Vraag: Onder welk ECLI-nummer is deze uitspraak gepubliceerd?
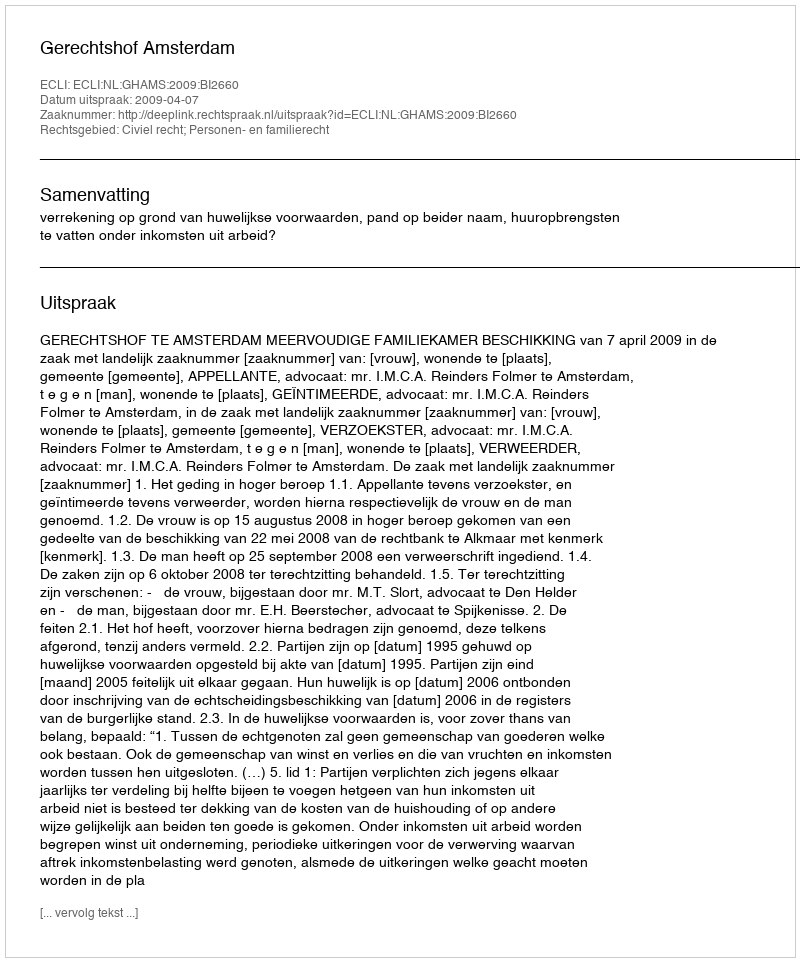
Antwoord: ECLI:NL:GHAMS:2009:BI2660